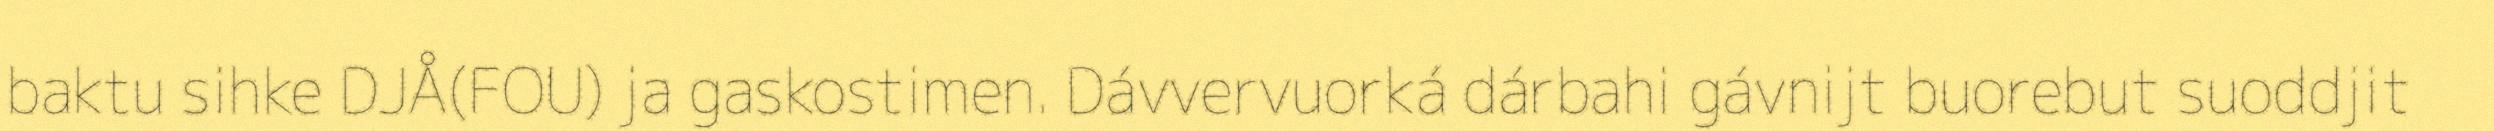
baktu sihke DJÅ(FOU) ja gaskostimen. Dávvervuorká dárbahi gávnijt buorebut suoddjit